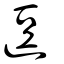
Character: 逗